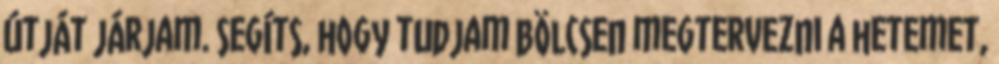
útját járjam. Segíts, hogy tudjam bölcsen megtervezni a hetemet,